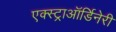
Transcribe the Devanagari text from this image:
एक्स्ट्राऑर्डिनेरी